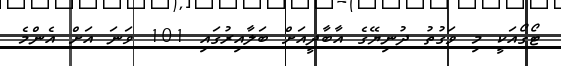
ޓޯގޯއަކީ މި ވަގުތު ދުނިޔޭގެ އާބާދީއަށް ބަލާއިރުގައި 101 ވަނަ އަށް އެންމެ